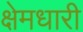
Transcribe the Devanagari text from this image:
क्षेमधारी